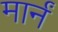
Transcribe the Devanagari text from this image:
मार्नं